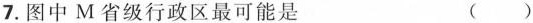
7.图中M省级行政区最可能是 ( )